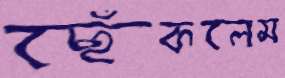
ছেঁকলেম